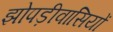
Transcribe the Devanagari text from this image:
झोपड़ीवासियों